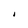
Character: I